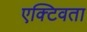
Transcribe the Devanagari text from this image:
एक्टिवता